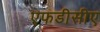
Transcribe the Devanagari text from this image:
एफडीसीए